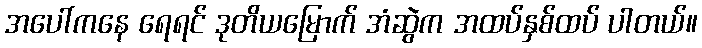
အပေါ်ကနေ ရေရင် ဒုတိယမြောက် အံဆွဲက အထပ်နှစ်ထပ် ပါတယ်။